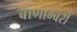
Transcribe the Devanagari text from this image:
बाणाम्बरी